Civil Veterinary Department Bengal reports 1933-51 - 1933-1951
Year: 1933
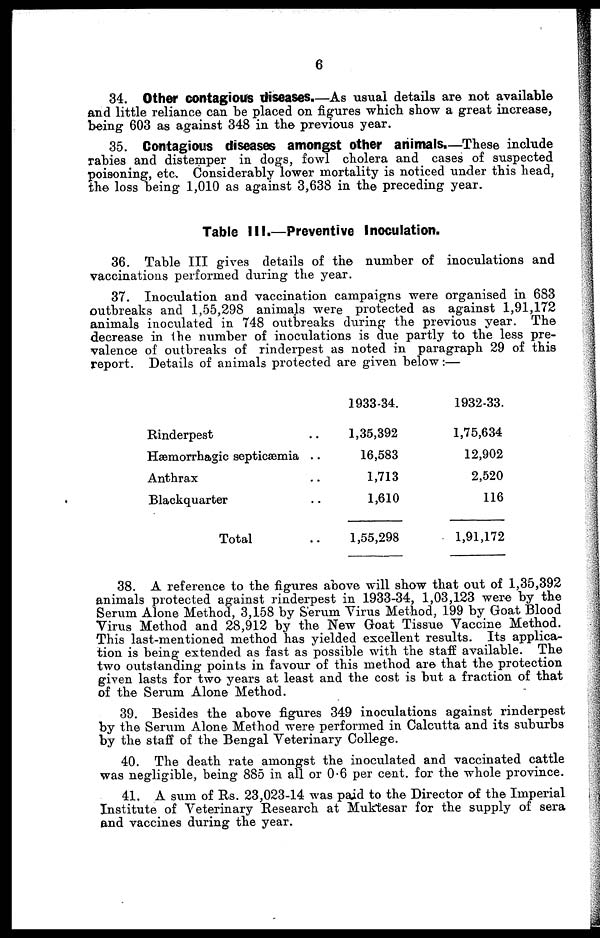
6
34. Other contagious diseases.—As usual details are not available
and little reliance can be placed on figures which show a great increase,
being 603 as against 348 in the previous year.
35. Contagious diseases amongst other animals.—These include
rabies and distemper in dogs, fowl cholera and cases of suspected
poisoning, etc. Considerably lower mortality is noticed under this head,
the loss being 1,010 as against 3,638 in the preceding year.
Table III.—Preventive Inoculation.
36. Table III gives details of the number of inoculations and
vaccinations performed during the year.
37. Inoculation and vaccination campaigns were organised in 683
outbreaks and 1,55,298 animals were protected as against 1,91,172
animals inoculated in 748 outbreaks during the previous year. The
decrease in the number of inoculations is due partly to the less pre-
valence of outbreaks of rinderpest as noted in paragraph 29 of this
report. Details of animals protected are given below :—
Rinderpest ..
Hæmorrhagic septicæmia ..
Anthrax ..
Blackquarter ..
Total ..
1933-34.
1,35,392
16,583
1,713
1,610
1,55,298
1932-33.
1,75,634
12,902
2,520
116
1,91,172
38. A reference to the figures above will show that out of 1,35,392
animals protected against rinderpest in 1933-34, 1,03,123 were by the
Serum Alone Method, 3,158 by Serum Virus Method, 199 by Goat Blood
Virus Method and 28,912 by the New Goat Tissue Vaccine Method.
This last-mentioned method has yielded excellent results. Its applica-
tion is being extended as fast as possible with the staff available. The
two outstanding points in favour of this method are that the protection
given lasts for two years at least and the cost is but a fraction of that
of the Serum Alone Method.
39. Besides the above figures 349 inoculations against rinderpest
by the Serum Alone Method were performed in Calcutta and its suburbs
by the staff of the Bengal Veterinary College.
40. The death rate amongst the inoculated and vaccinated cattle
was negligible, being 885 in all or 0.6 per cent. for the whole province.
41. A sum of Rs. 23,023-14 was paid to the Director of the Imperial
Institute of Veterinary Research at Muktesar for the supply of sera
and vaccines during the year.